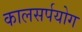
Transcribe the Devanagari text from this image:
कालसर्पयोग